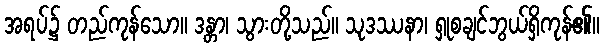
အရပ်၌ တည်ကုန်သော။ ဒန္တာ၊ သွားတို့သည်။ သုဒဿနာ၊ ရှုစချင်ဘွယ်ရှိကုန်၏။